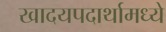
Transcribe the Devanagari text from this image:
खादयपदार्थामध्ये